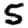
Digit: 5